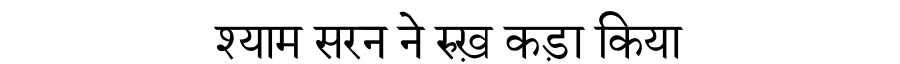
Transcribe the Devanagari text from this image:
श्याम सरन ने रुख़ कड़ा किया